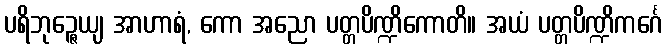
ပရိဘုဉ္ဇေယျ အာဟာရံ, ကော အညော ပတ္တပိဏ္ဍိကောတိ။ အယံ ပတ္တပိဏ္ဍိကင်္ဂေ